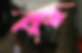
ক